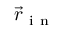
\vec { r } _ { \mathrm { ~ i ~ n ~ } }